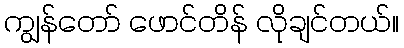
ကျွန်တော် ဖောင်တိန် လိုချင်တယ်။